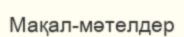
Мақал-мәтелдер